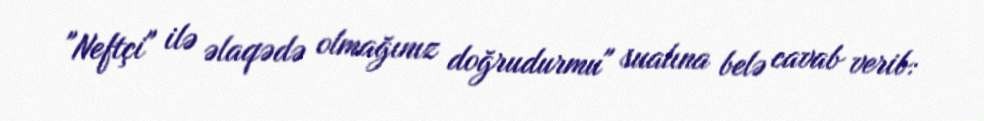
"Neftçi" ilə əlaqədə olmağınız doğrudurmu" sualına belə cavab verib: